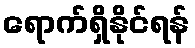
ရောက်ရှိနိုင်ရန်